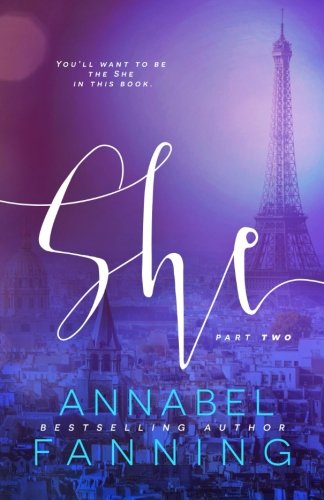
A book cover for She: Part 2 (Volume 2); Annabel Fanning; Romance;